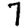
Digit: 7